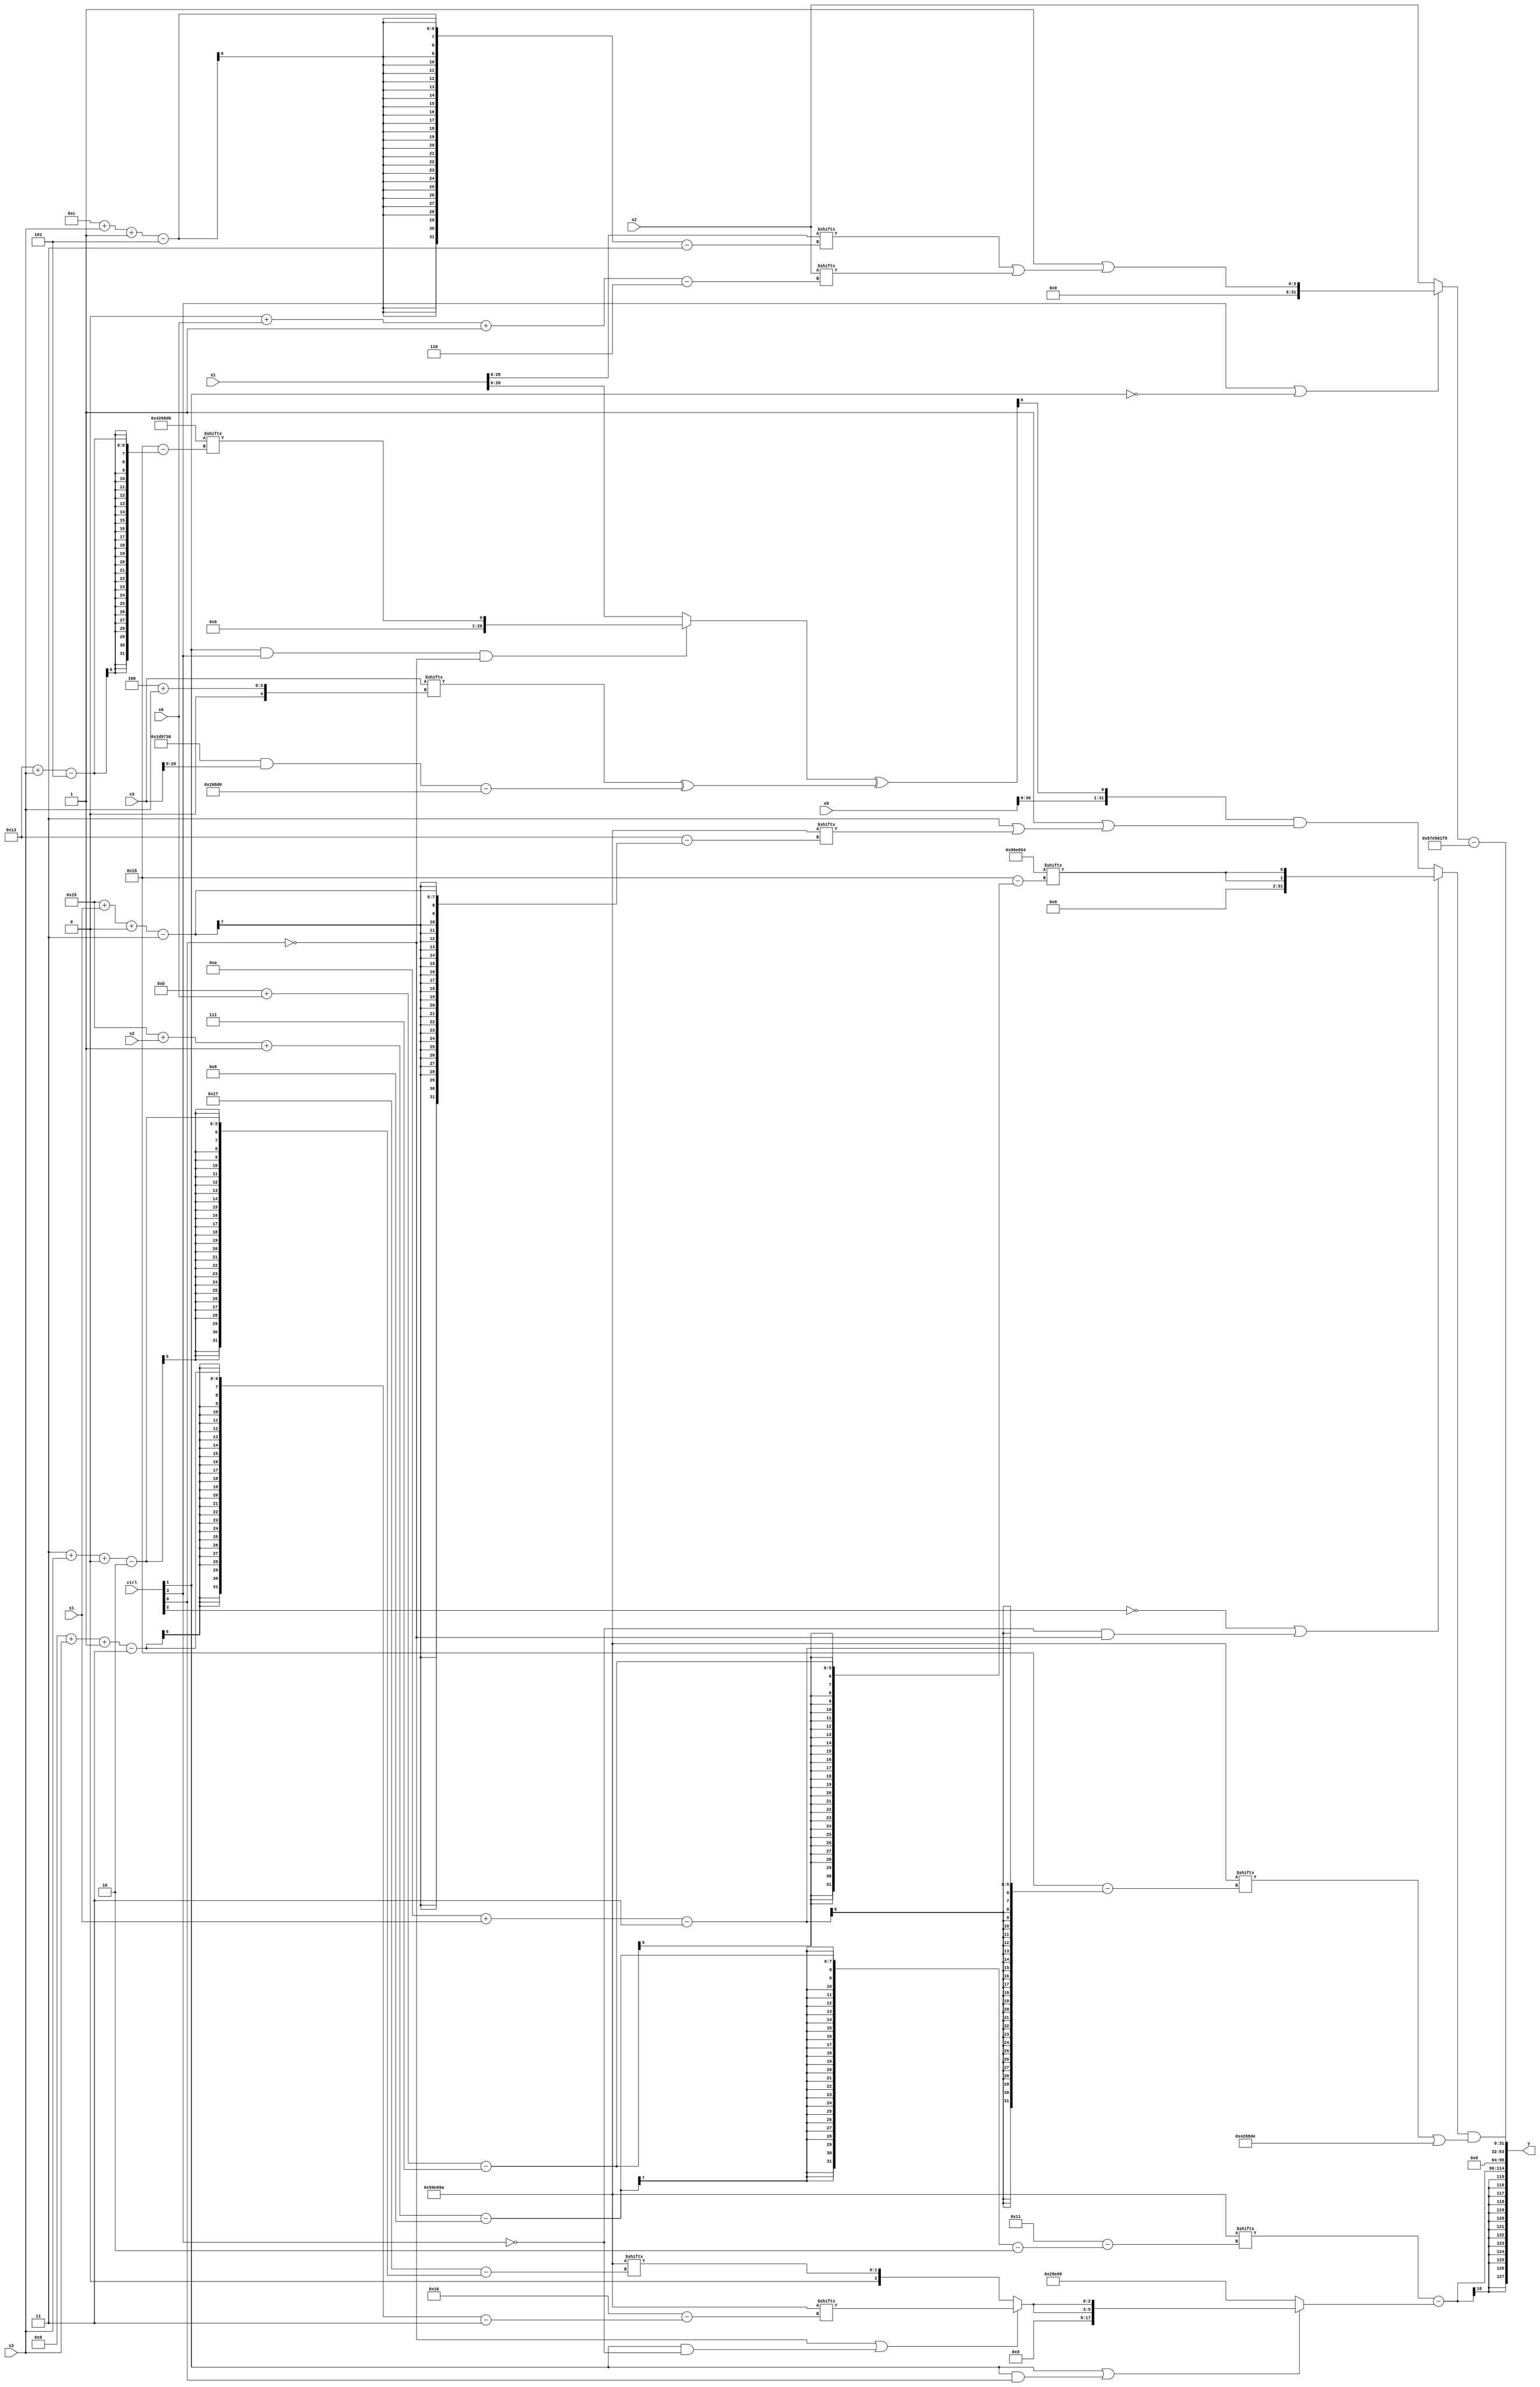
module partsel_00968(ctrl, s0, s1, s2, s3, x0, x1, x2, x3, y);
  input [3:0] ctrl;
  input [2:0] s0;
  input [2:0] s1;
  input [2:0] s2;
  input [2:0] s3;
  input signed [31:0] x0;
  input signed [31:0] x1;
  input signed [31:0] x2;
  input signed [31:0] x3;
  wire [31:3] x4;
  wire signed [2:26] x5;
  wire [25:3] x6;
  wire signed [28:3] x7;
  wire [3:25] x8;
  wire signed [30:5] x9;
  wire signed [4:31] x10;
  wire signed [5:27] x11;
  wire [26:6] x12;
  wire signed [24:4] x13;
  wire signed [31:3] x14;
  wire signed [24:2] x15;
  output [127:0] y;
  wire [31:0] y0;
  wire [31:0] y1;
  wire [31:0] y2;
  wire signed [31:0] y3;
  assign y = {y0,y1,y2,y3};
  localparam [7:31] p0 = 211214420;
  localparam [3:27] p1 = 475653786;
  localparam signed [7:24] p2 = 272539145;
  localparam [5:29] p3 = 172124368;
  assign x4 = {{((!ctrl[3] || !ctrl[0] || !ctrl[0] ? (p1[25 + s3 +: 5] ^ p1[11]) : (p1[4 + s3] | p1)) ^ ((x0 ^ x1) - ((p1 ^ x2) | x0[15 + s2 +: 6]))), {2{{2{x1[9 +: 4]}}}}}, x1};
  assign x5 = p1;
  assign x6 = {p0[8], ((((!ctrl[1] || ctrl[3] && ctrl[2] ? x5[16] : p0[17 + s2 +: 3]) - p1) + ((ctrl[2] && ctrl[1] && ctrl[1] ? p0[9] : x3[9]) & p3[14 + s0])) | {2{x1}})};
  assign x7 = x5[15 -: 2];
  assign x8 = ({2{{2{(ctrl[1] && ctrl[3] && !ctrl[0] ? p3[19 + s3] : {p2[4 + s3 -: 4], x4})}}}} ^ (x3[4 + s3] ^ (((p1[9] - p3) & x3) - p3)));
  assign x9 = (({p3[5 + s1], (x5[16 + s3] | p3[19])} | (x7 - ((x1 | p3[22 -: 4]) ^ {x4[16 +: 3], p2[23 + s1 -: 1]}))) + ((p0 ^ p3[17 +: 4]) - x5[14 + s1]));
  assign x10 = p3[17 +: 2];
  assign x11 = (x7[17 -: 4] - {2{x1[10 + s3 -: 3]}});
  assign x12 = {(((((p1 ^ p2[26 + s2 +: 4]) + (p1[31 + s0 -: 8] + x1[18 +: 2])) | x8[19 + s3 +: 2]) - ((((p3[9 + s0 +: 1] + (x5[10 +: 1] - (x3[6 + s3 -: 3] & x6[24 + s1 -: 4]))) & x6[23]) ^ (p1[8] + x1[28 + s3 -: 8])) + (!ctrl[1] || ctrl[1] || !ctrl[3] ? (x9[18 + s2 +: 4] - p1) : x9))) ^ p3[21]), {2{{2{x8}}}}};
  assign x13 = p0;
  assign x14 = x4[9];
  assign x15 = p0[17 +: 3];
  assign y0 = (x5[21 + s2 -: 8] - (ctrl[1] || ctrl[1] && ctrl[0] ? {2{(!ctrl[0] || ctrl[1] && !ctrl[3] ? p1[9 + s3 -: 3] : x5[3 + s3 +: 2])}} : p2));
  assign y1 = p0[15];
  assign y2 = ({2{(ctrl[3] && ctrl[3] || !ctrl[1] ? (x10 | (x4[12 + s3 -: 5] | x2[0 + s0 -: 6])) : x2)}} - {2{(p1[8 +: 2] - p2)}});
  assign y3 = ({{x7, {2{(x12 - p2[19 + s0])}}}, (!ctrl[2] || !ctrl[3] && !ctrl[0] ? {2{p0[11 + s0]}} : ({x0, x12[12]} & (x10 | (p1[9 +: 4] | p1[21 + s1 +: 6]))))} & (p1[10 + s1] | (p0[19 -: 4] | p3)));
endmodule